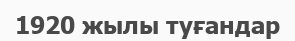
1920 жылы туғандар